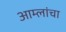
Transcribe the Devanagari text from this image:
आम्लांचा